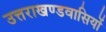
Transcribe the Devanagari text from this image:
उत्तराखण्डवासियों